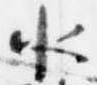
水